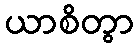
ယာစိတွာ